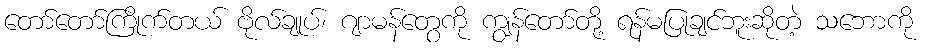
တော်တော်ကြိုက်တယ် ဗိုလ်ချုပ်၊ ဂျာမန်တွေကို ကျွန်တော်တို့ ရန်မပြုချင်ဘူးဆိုတဲ့ သဘောကို